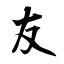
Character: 友